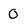
Character: 0